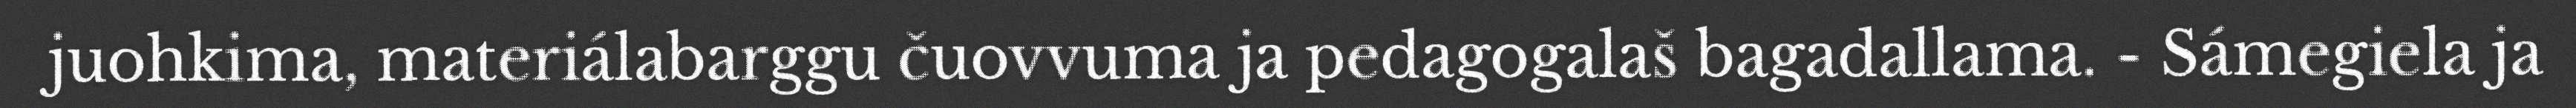
juohkima, materiálabarggu čuovvuma ja pedagogalaš bagadallama. - Sámegiela ja